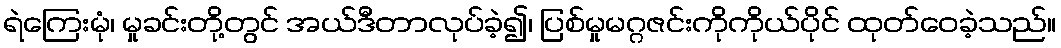
ရဲကြေးမုံ၊ မှုခင်းတို့တွင် အယ်ဒီတာလုပ်ခဲ့၍၊ ပြစ်မှုမဂ္ဂဇင်းကိုကိုယ်ပိုင် ထုတ်ဝေခဲ့သည်။